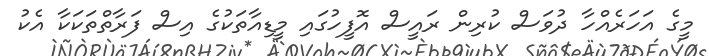
މީގެ އަހަރެއްހާ ދުވަސް ކުރިން ރައީސް އޮފީހުގައި މީޑިއާތަކުގެ އިސް ފަރާތްތަކަކާ އެކު